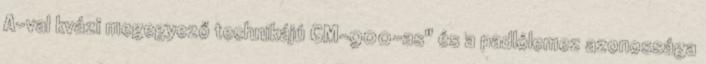
A-val kvázi megegyező technikájú GM-900-as" és a padlólemez azonossága